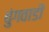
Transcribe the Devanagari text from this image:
बुंगवाडी